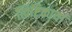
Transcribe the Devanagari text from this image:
त्विष्टिकायां